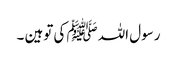
رسول اللہ ﷺ کی توہین ۔